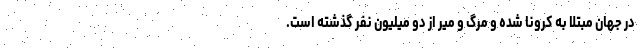
در جهان مبتلا به کرونا شده و مرگ و میر از دو میلیون نفر گذشته است.